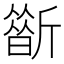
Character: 𣃀